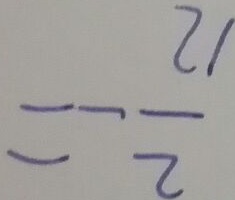
= - \frac { 2 1 } { 2 }